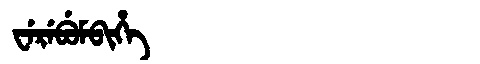
Manchu: ᠸᡝᡵᡝᠪᡠᠮᠪᡳᡥᡝ
Romanization: WEREBUMBIHE